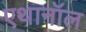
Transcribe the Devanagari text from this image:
एथानॉल